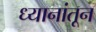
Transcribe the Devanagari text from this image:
ध्यानांतून